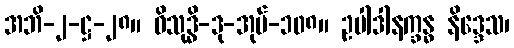
အဘိ-၂-ဋ္ဌ-၂၈။ ဝိသုဒ္ဓိ-ဒု-အုပ်-၁၀၈။ ဥပါဒါနက္ခန္ဓ နိဒ္ဒေသ၊